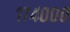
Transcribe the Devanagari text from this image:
१७४०००